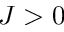
J > 0